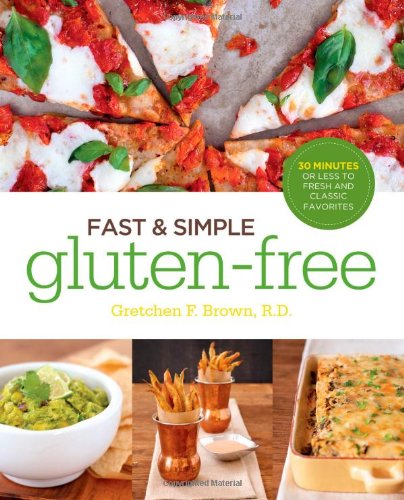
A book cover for Fast and Simple Gluten-Free: 30 Minutes or Less to Fresh and Classic Favorites; Gretchen Brown; Cookbooks, Food & Wine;